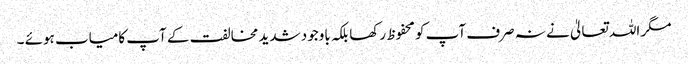
مگر اللہ تعالیٰ نے نہ صرف آپ کو محفوظ رکھا بلکہ باوجود شدید مخالفت کے آپ کامیاب ہوئے ۔